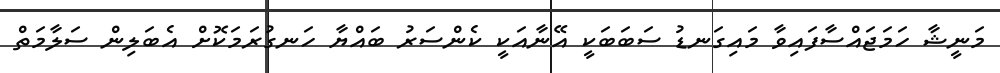
މަނީޝާ ހަމަޖައްސާފައިވާ މައިގަނޑު ސަބަބަކީ އޭނާއަކީ ކެންސަރު ބައްޔާ ހަނގުރަމަކޮށް އެބަލިން ސަލާމަތް